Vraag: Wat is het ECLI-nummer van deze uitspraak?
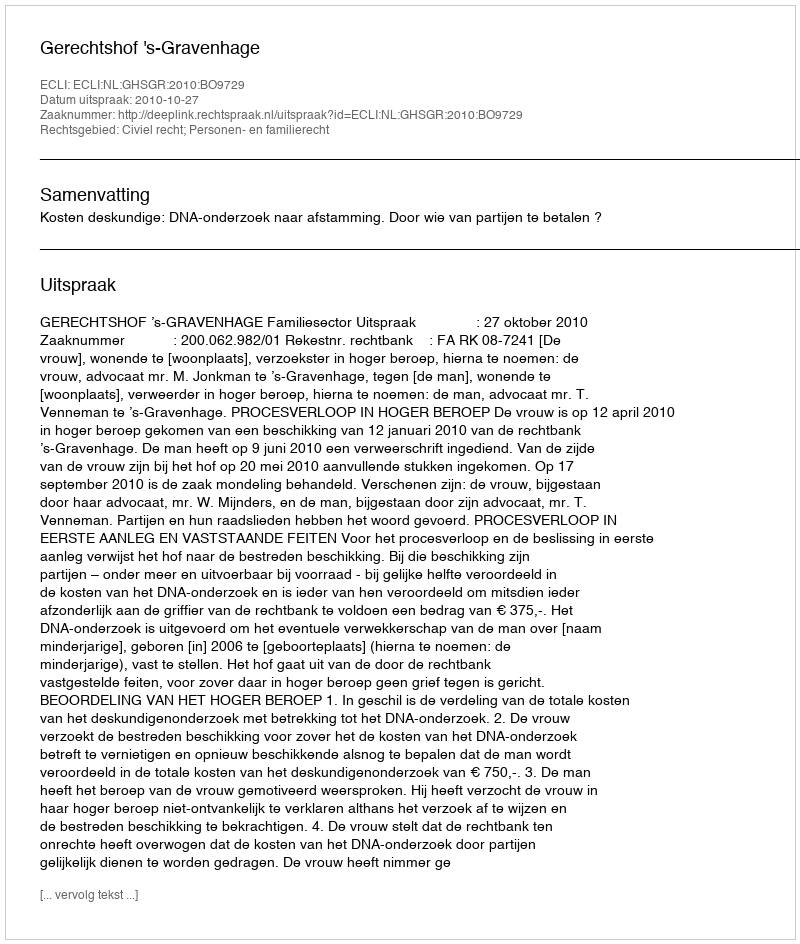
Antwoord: ECLI:NL:GHSGR:2010:BO9729